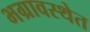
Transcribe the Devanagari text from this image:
भग्रावस्थेत